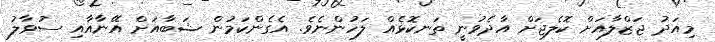
މިއަދު ޖަޒްލާއަށް ކޮލެޖަށް އާދެވުނީ ތަނކޮޅެއް ލަހުންނެވެ. އެގެންކަމުން ޝަބާއަށް އޭނާއާއި ސުވާލު